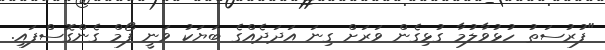
"ފުރުސަތު ހުޅުވާލުމާ ގުޅިގެން ވަރަށް ގިނަ އަދަދެއްގެ ބަޔަކު ވަނީ ފޯމް ގެންގޮސްފައި.